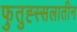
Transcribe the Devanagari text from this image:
फुतुह्स्सलातीन